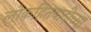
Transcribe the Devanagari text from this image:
लोकहितवादीच्या